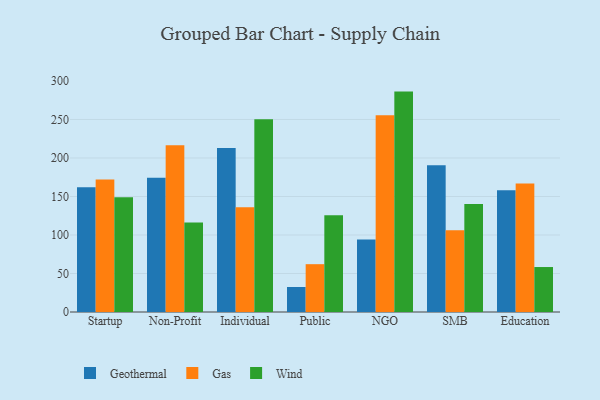
{"axis": {"x": "Segment", "y": "Inventory Turnover"}, "legend": ["Gas", "Geothermal", "Wind"], "data": [{"x": "Startup", "y": 162.1, "type": "Geothermal"}, {"x": "Startup", "y": 172.0, "type": "Gas"}, {"x": "Startup", "y": 149.1, "type": "Wind"}, {"x": "Non-Profit", "y": 174.4, "type": "Geothermal"}, {"x": "Non-Profit", "y": 216.6, "type": "Gas"}, {"x": "Non-Profit", "y": 116.2, "type": "Wind"}, {"x": "Individual", "y": 213.0, "type": "Geothermal"}, {"x": "Individual", "y": 136.0, "type": "Gas"}, {"x": "Individual", "y": 250.2, "type": "Wind"}, {"x": "Public", "y": 32.5, "type": "Geothermal"}, {"x": "Public", "y": 62.1, "type": "Gas"}, {"x": "Public", "y": 125.5, "type": "Wind"}, {"x": "NGO", "y": 94.3, "type": "Geothermal"}, {"x": "NGO", "y": 255.6, "type": "Gas"}, {"x": "NGO", "y": 286.2, "type": "Wind"}, {"x": "SMB", "y": 190.4, "type": "Geothermal"}, {"x": "SMB", "y": 106.0, "type": "Gas"}, {"x": "SMB", "y": 140.2, "type": "Wind"}, {"x": "Education", "y": 158.2, "type": "Geothermal"}, {"x": "Education", "y": 167.0, "type": "Gas"}, {"x": "Education", "y": 58.4, "type": "Wind"}]}